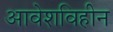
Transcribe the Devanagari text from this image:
आवेशविहीन